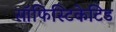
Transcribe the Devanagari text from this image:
सॉफिस्टिकेटिड